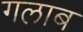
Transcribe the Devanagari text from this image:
गलाब